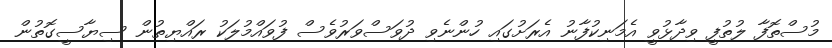
މުސްތޮފާ ލުތުފީ ވިދާޅުވީ އެމަނިކުފާނު އެރަށުގައި ހުންނެވި ދުވަސްވަރުވެސް ފުވައްމުލަކު ރައްޔިތުން ސިޔާސީގޮތުން